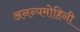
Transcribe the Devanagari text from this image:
अनन्यमोहिनी